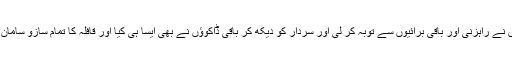
یہ کہہ کر اس نے راہزنی اور باقی برائیوں سے توبہ کر لی اور سردار کو دیکھ کر باقی ڈاکوؤں نے بھی ایسا ہی کیا اور قافلہ کا تمام سازو سامان واپس کر دیا۔